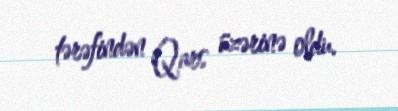
tərəfindən Qars üzərinə oldu.